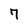
Character: 7